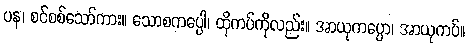
ပန၊ စင်စစ်သော်ကား။ သောစကပ္ပေါ၊ ထိုကပ်ကိုလည်း။ အာယုကပ္ပော၊ အာယုကပ်။